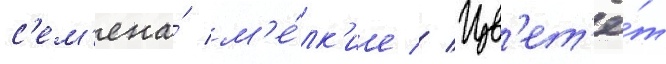
с'ем'ена́ м'е́лк'ие // Цв'ет'ё́т